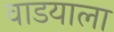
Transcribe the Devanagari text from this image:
वाडयाला